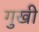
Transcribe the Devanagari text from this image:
गुखी